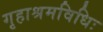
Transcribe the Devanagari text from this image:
गृहाश्रमविधिः